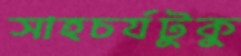
সাহচর্যটুকু